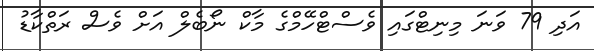
އަދި 79 ވަނަ މިނިޓްގައި ވެސްޓްހޭމްގެ މާކް ނޯބެލް އަށް ވެސް ރަތްކާޑު